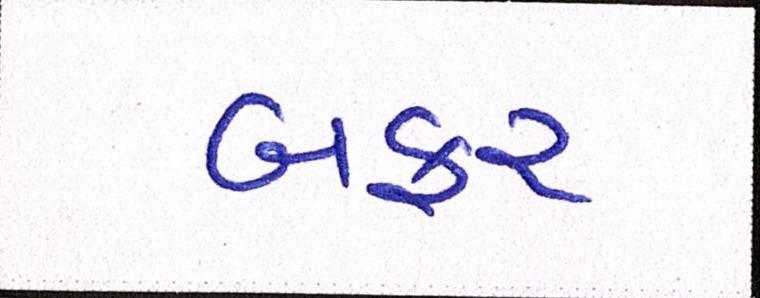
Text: બફર